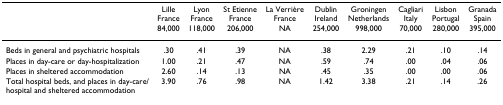
|  | Lille France | Lyon France | St Etienne France | La Verrière France | Dublin Ireland | Groningen Netherlands | Cagliari Italy | Lisbon Portugal | Granada Spain |
 |  | 84,000 | 118,000 | 206,000 | NA | 254,000 | 998,000 | 70,000 | 280,000 | 395,000 |
 | --- | --- | --- | --- | --- | --- | --- | --- | --- | --- |
 | Beds in general and psychiatric hospitals | .30 | .41 | .39 | NA | .38 | 2.29 | .21 | .10 | .14 |
 | Places in day-care or day-hospitalization | 1.00 | .21 | .47 | NA | .59 | .74 | .00 | .04 | .06 |
 | Places in sheltered accommodation | 2.60 | .14 | .13 | NA | .45 | .35 | .00 | .00 | .06 |
 | Total hospital beds, and places in day-care/hospital and sheltered accommodation | 3.90 | .76 | .98 | NA | 1.42 | 3.38 | .21 | .14 | .26 |